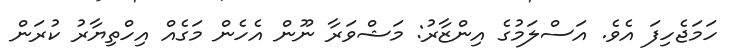
ހަމަޖެހިފަ އެވެ. އަސްލަމުގެ އިންޒާރު: މަޝްވަރާ ނޫން އެެހެން މަގެއް އިހްތިޔާރު ކުރަން